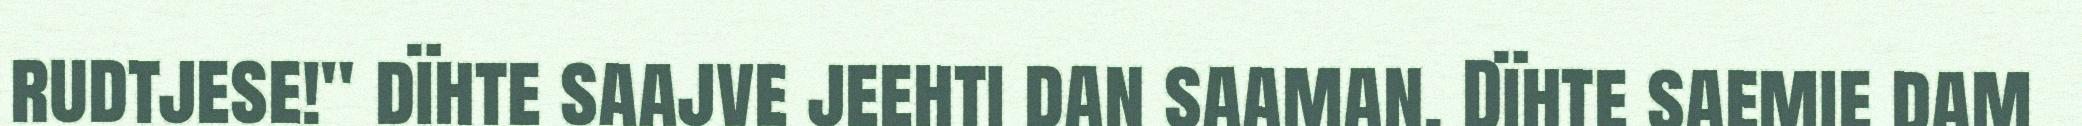
rudtjese!" dïhte saajve jeehti dan saaman. Dïhte saemie dam